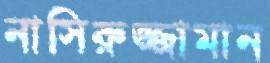
নাসিরুজ্জামান